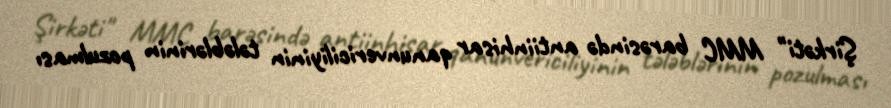
Şirkəti" MMC barəsində antiinhisar qanunvericiliyinin tələblərinin pozulması